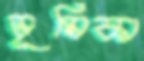
ভূমিকা